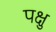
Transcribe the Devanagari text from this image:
पक्षु